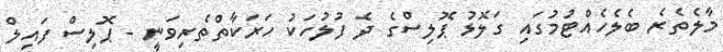
މާލެތެރެ ބެލެހެއްޓުމުގައި ގަލޮޅު ޕޮލިސްގެ ދެ ފުލުހަކު ހަރަކާތްތެރިވަނީ - ޕޮލިސް ފައިލް